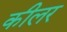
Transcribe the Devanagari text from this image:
कीलर